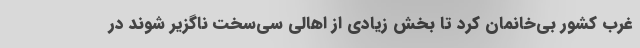
غرب کشور بی‌خانمان کرد تا بخش زیادی از اهالی سی‌سخت ناگزیر شوند در